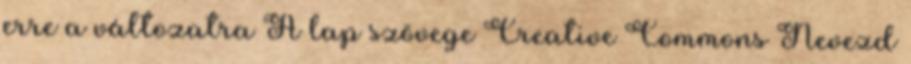
erre a változatra A lap szövege Creative Commons Nevezd